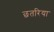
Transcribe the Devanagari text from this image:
छतरिया